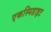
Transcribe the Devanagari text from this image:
एकस्पिडाइट